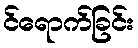
င်ရောက်ခြင်း